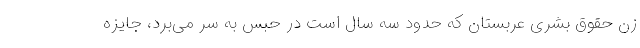
زن حقوق بشری عربستان که حدود سه سال است در حبس به سر می‌برد، جایزه